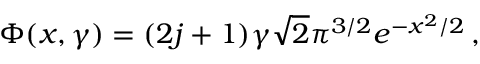
\Phi ( x , \gamma ) = ( 2 j + 1 ) \gamma \sqrt { 2 } \pi ^ { 3 / 2 } e ^ { - x ^ { 2 } / 2 } \, ,